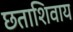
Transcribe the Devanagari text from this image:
छताशिवाय